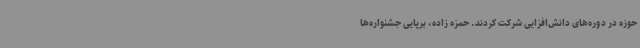
حوزه در دوره‌های دانش‌افزایی شرکت کردند. حمزه زاده، برپایی جشنواره‌ها